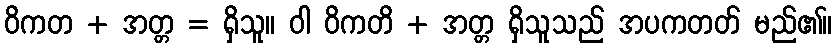
ဝိကတ + အတ္တ = ရှိသူ။ ဝါ ဝိကတိ + အတ္တ ရှိသူသည် အပကတတ် မည်၏။